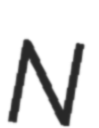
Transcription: N